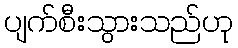
ပျက်စီးသွားသည်ဟု